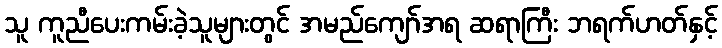
သူ ကူညီပေးကမ်းခဲ့သူများတွင် အမည်ကျော်အရ ဆရာကြီး ဘရက်ဟတ်နှင့်